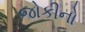
જોકીનો